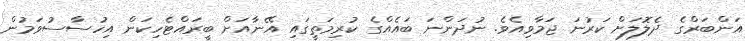
އަންބަރްގެ ދެލޮލަށް ކަރުނަ ޖަމާވިއެވެ. ނުދަންނަ ބައެއްގެ ކުރިމަތީގައި އޭނާއަށް ބީރައްޓެހިކަން އިހުސާސުވަމުން